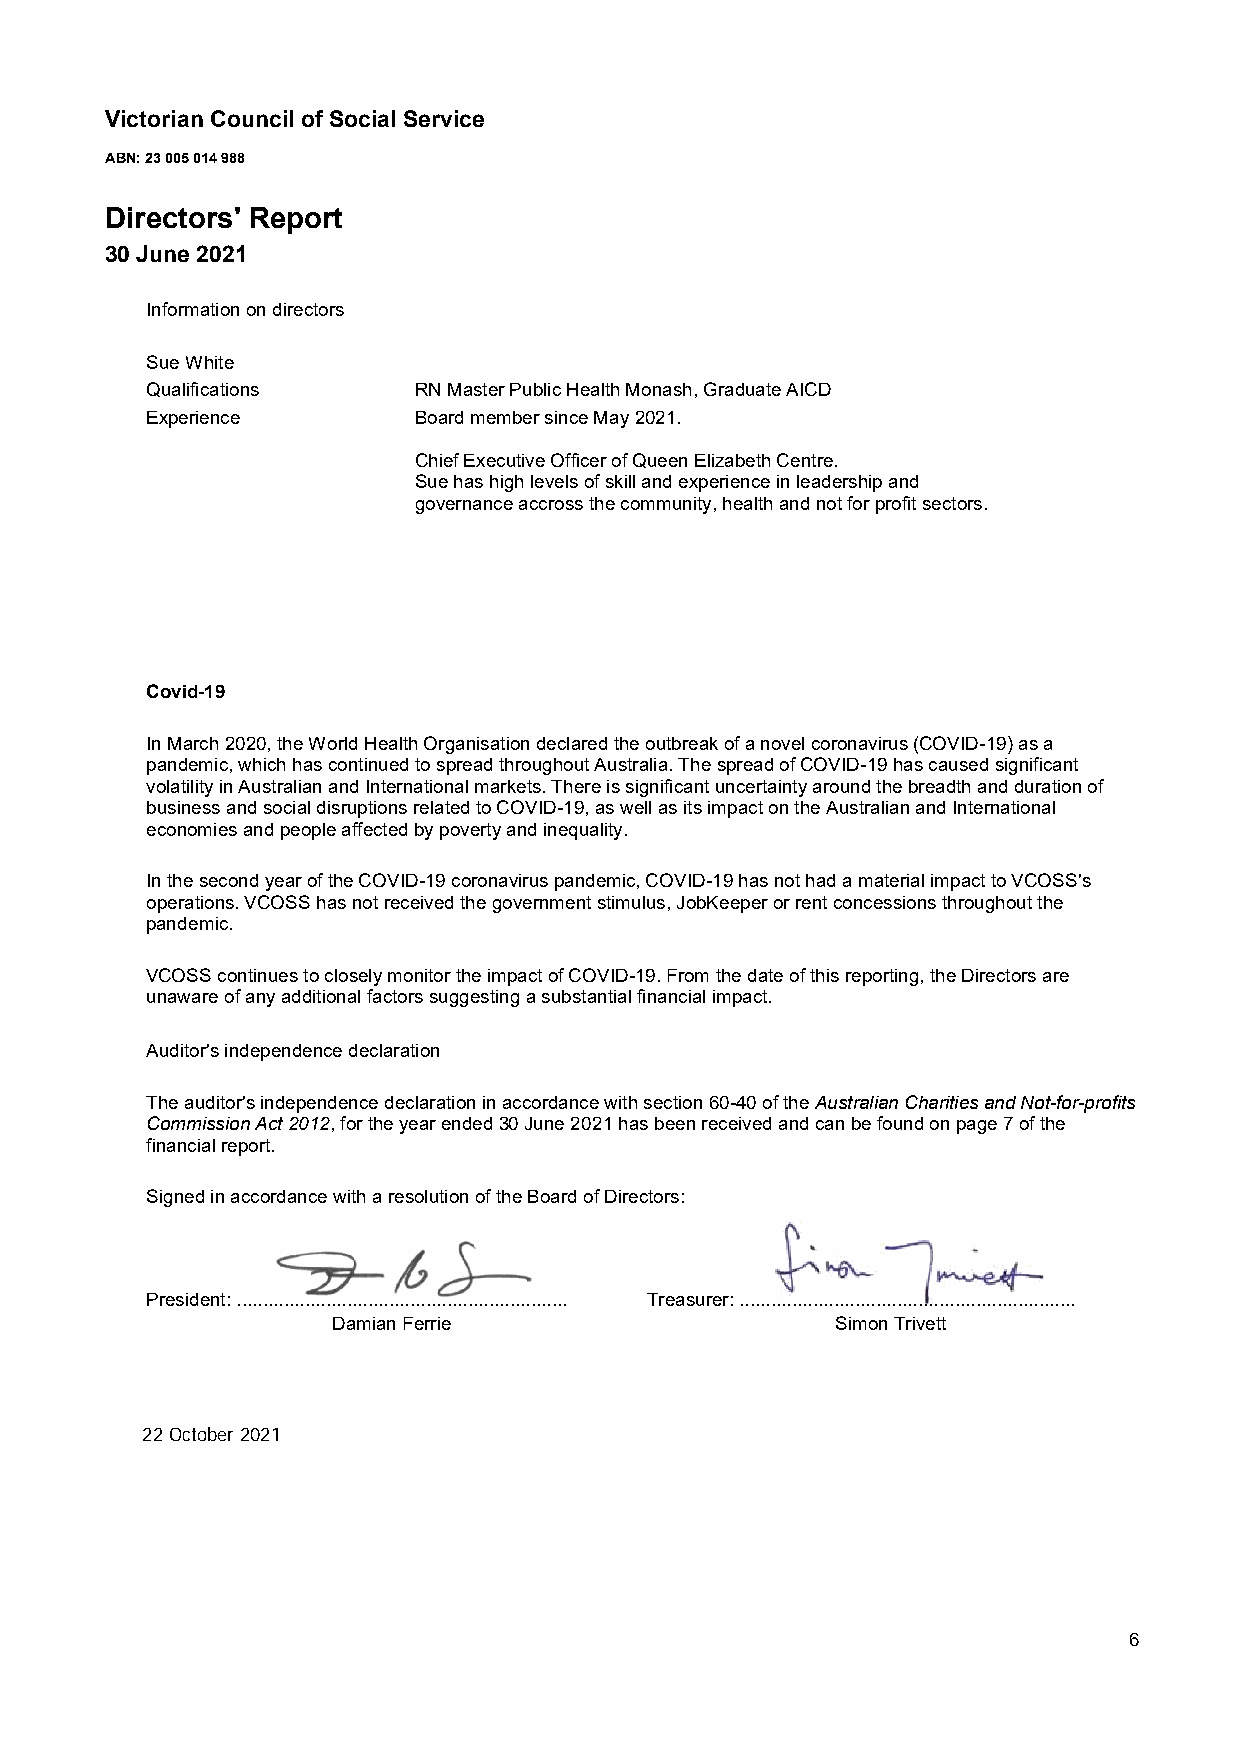
Victorian Council of Social Service
 ABN: 23 005 014 988
 Directors' Report
 30 June 2021
 Information on directors
 Sue White
 Qualifications   RN Master Public Health Monash, Graduate AICD
 Experience       Board member since May 2021.
 Chief Executive Officer of Queen Elizabeth Centre.
 Sue has high levels of skill and experience in leadership and
 governance accross the community, health and not for profit sectors.
 Covid-19
 In March 2020, the World Health Organisation declared the outbreak of a novel coronavirus (COVID-19) as a
 pandemic, which has continued to spread throughout Australia. The spread of COVID-19 has caused significant
 volatility in Australian and International markets. There is significant uncertainty around the breadth and duration of
 business and social disruptions related to COVID-19, as well as its impact on the Australian and International
 economies and people affected by poverty and inequality.
 In the second year of the COVID-19 coronavirus pandemic, COVID-19 has not had a material impact to VCOSS's
 operations. VCOSS has not received the government stimulus, JobKeeper or rent concessions throughout the
 pandemic.
 VCOSS continues to closely monitor the impact of COVID-19. From the date of this reporting, the Directors are
 unaware of any additional factors suggesting a substantial financial impact.
 Auditor's independence declaration
 The auditor's independence declaration in accordance with section 60-40 of the Australian Charities and Not-for-profits
 Commission Act 2012, for the year ended 30 June 2021 has been received and can be found on page 7 of the
 financial report.
 Signed in accordance with a resolution of the Board of Directors:
 President: ............................................................... Treasurer: ................................................................
 Damian Ferrie                    Simon Trivett
 22 October 2021
 6